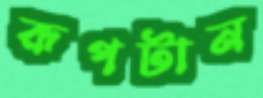
রূপটান